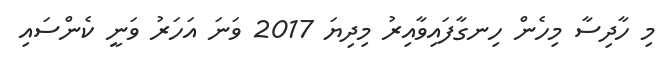
މި ހާދިސާ މިހެން ހިނގާފައިވާއިރު މިދިޔަ 2017 ވަނަ އަހަރު ވަނީ ކެންސައި